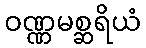
ဝဏ္ဏမစ္ဆရိယံ